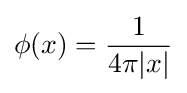
\phi (x)={\frac {1}{4\pi |x|}}